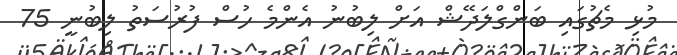
މުޅި މެޗުގައި ބަންގްލަދޭޝް އަށް ލިބުނު އެންމެ ހުސް ފުރުސަތު ލިބުނީ 75